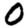
Digit: 0